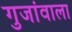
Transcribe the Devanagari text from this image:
गुजांवाला